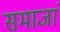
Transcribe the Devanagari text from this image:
समाजां